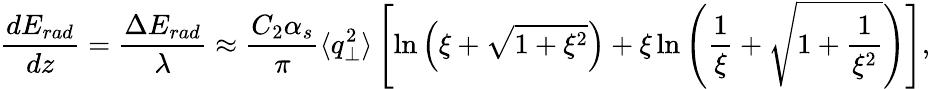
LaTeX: \frac{dE_{rad}}{dz}=\frac{\Delta E_{rad}}{\lambda}\approx\frac{C_{2}\alpha_{s}}{\pi}\langle q_{\perp}^{2}\rangle\left[\ln\left(\xi+\sqrt{1+\xi^{2}}\right)+\xi\ln\left(\frac{1}{\xi}+\sqrt{1+\frac{1}{\xi^{2}}}\right)\right],